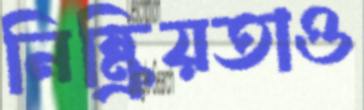
নিষ্ক্রিয়তাও